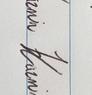
Signature authenticity: genuine